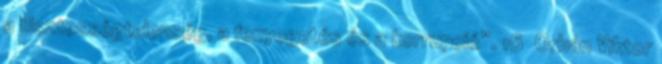
a tisztességtelenség, a fenyegetés és a korrupció”. 16 Orbán Viktor